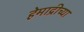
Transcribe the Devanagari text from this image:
हेमाद्रीच्या